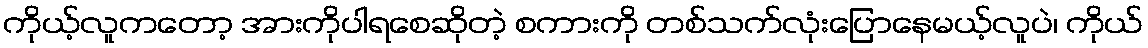
ကိုယ့်လူကတော့ အားကိုပါရစေဆိုတဲ့ စကားကို တစ်သက်လုံးပြောနေမယ့်လူပဲ၊ ကိုယ်